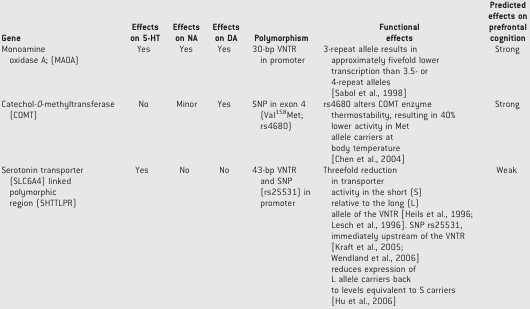
<table><thead><tr><td><b>Gene</b></td><td><b>Effects on 5-HT</b></td><td><b>Effects on NA</b></td><td><b>Effects on DA</b></td><td><b>Polymorphism</b></td><td><b>Functional effects</b></td><td><b>Predicted effects on prefrontal cognition</b></td></tr></thead><tbody><tr><td>Monoamine oxidase A; (MAOA)</td><td>Yes</td><td>Yes</td><td>Yes</td><td>30-bp VNTR in promoter</td><td>3-repeat allele results in approximately fivefold lower transcription than 3.5- or 4-repeat alleles [Sabol et al., 1998[</td><td>Strong</td></tr><tr><td>Catechol-<i>O</i>-methyltransferase (COMT)</td><td>No</td><td>Minor</td><td>Yes</td><td>SNP in exon 4 (Val<sup>158</sup>Met; rs4680)</td><td>rs4680 alters COMT enzyme thermostability, resulting in 40% lower activity in Met allele carriers at body temperature [Chen et al., 2004[</td><td>Strong</td></tr><tr><td>Serotonin transporter (SLC6A4) linked polymorphic region (5HTTLPR)</td><td>Yes</td><td>No</td><td>No</td><td>43-bp VNTR and SNP (rs25531) in promoter</td><td>Threefold reduction in transporter activity in the short (S) relative to the long (L) allele of the VNTR [Heils et al., 1996; Lesch et al., 1996[. SNP rs25531, immediately upstream of the VNTR [Kraft et al., 2005; Wendland et al., 2006[ reduces expression of L allele carriers back to levels equivalent to S carriers [Hu et al., 2006[</td><td>Weak</td></tr></tbody></table>